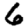
Digit: 6